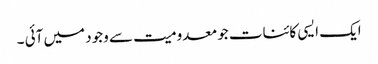
ایک ایسی کائنات جو معدومیت سے وجود میں آئی ۔